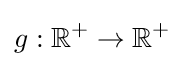
g:\mathbb {R} ^{+}\rightarrow \mathbb {R} ^{+}